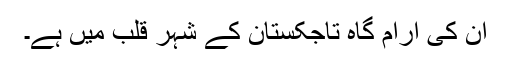
ان کی آرام گاہ تاجکستان کے شہر قلب میں ہے۔